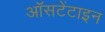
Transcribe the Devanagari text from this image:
ऑसटेंटाइन